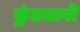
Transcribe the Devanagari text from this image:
कुंडघानी